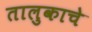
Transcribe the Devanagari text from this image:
तालुकाचे